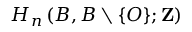
H _ { n } \left( B , B \setminus \{ O \} ; \mathbf { Z } \right)